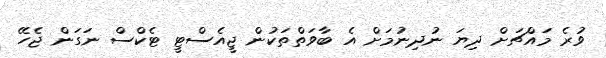
ވުރެ މައްޗަށް ދިޔަ ނުދިނުމަށް އެ ބާވަތްތަކުން ޖީއެސްޓީ ޓެކްސް ނަގަން ޖެހޭ